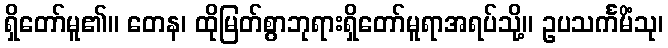
ရှိတော်မူ၏။ တေန၊ ထိုမြတ်စွာဘုရားရှိတော်မူရာအရပ်သို့။ ဥပသင်္ကမိံသု၊